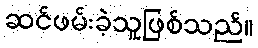
ဆင်ဖမ်းခဲ့သူဖြစ်သည်။